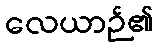
လေယာဉ်၏